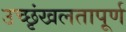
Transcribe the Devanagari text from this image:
उच्छृंखलतापूर्ण